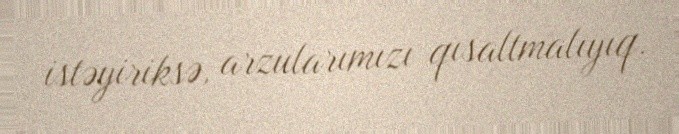
istəyiriksə, arzularımızı qısaltmalıyıq.